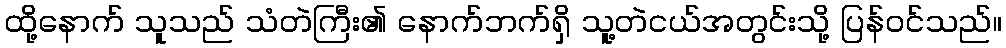
ထို့နောက် သူသည် သံတဲကြီး၏ နောက်ဘက်ရှိ သူ့တဲငယ်အတွင်းသို့ ပြန်ဝင်သည်။